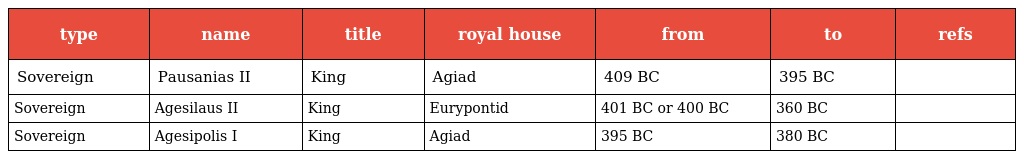
| type | name | title | royal house | from | to | refs |
 | --- | --- | --- | --- | --- | --- | --- |
 | Sovereign | Pausanias II | King | Agiad | 409 BC | 395 BC |  |
 | Sovereign | Agesilaus II | King | Eurypontid | 401 BC or 400 BC | 360 BC |  |
 | Sovereign | Agesipolis I | King | Agiad | 395 BC | 380 BC |  |